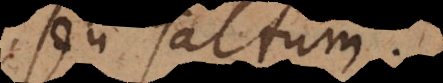
seu saltum.